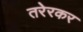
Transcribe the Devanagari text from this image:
तरेरकर